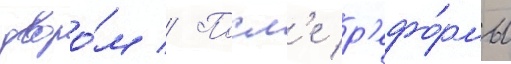
дворо́м // Посл'е р'ефо́рмы